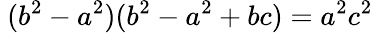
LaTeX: \ (b^{2}-a^{2})(b^{2}-a^{2}+bc)=a^{2}c^{2}